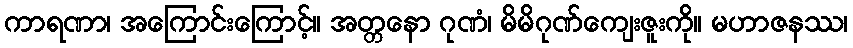
ကာရဏာ၊ အကြောင်းကြောင့်။ အတ္တနော ဂုဏံ၊ မိမိဂုဏ်ကျေးဇူးကို။ မဟာဇနဿ၊